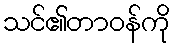
သင်၏တာဝန်ကို